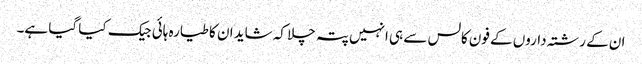
ان کے رشتہ داروں کے فون کالس سے ہی انہیں پتہ چلا کہ شاید ان کا طیارہ ہائی جیک کیا گیا ہے۔